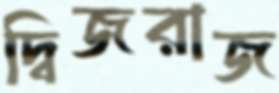
দ্বিজরাজ